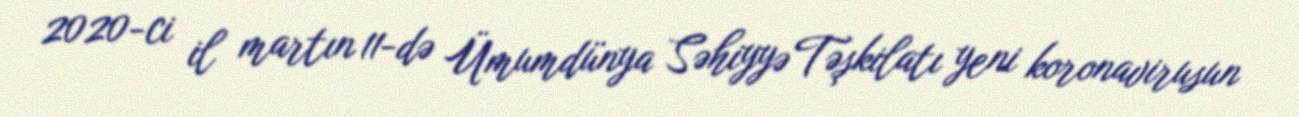
2020-ci il martın 11-də Ümumdünya Səhiyyə Təşkilatı yeni koronavirusun